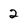
Character: 2